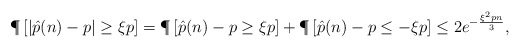
\begin{align*}\P\left[\left|\hat{p}(n)-p\right|\geq\xi p\right]=\P\left[\hat{p}(n)-p\geq\xi p\right]+\P\left[\hat{p}(n)-p\leq-\xi p\right]\leq2e^{-\frac{\xi^{2}pn}{3}},\end{align*}